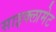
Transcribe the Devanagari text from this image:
साइक्लामेट